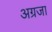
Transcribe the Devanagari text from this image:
अग्रजा